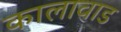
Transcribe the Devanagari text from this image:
कालावाड